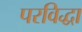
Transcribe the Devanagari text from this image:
परविद्धा